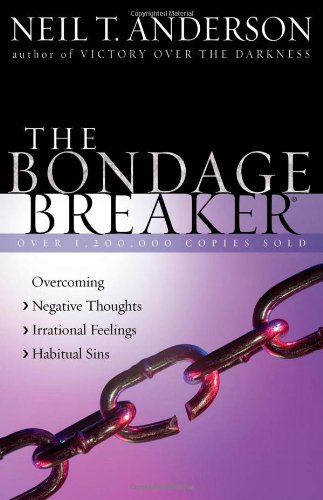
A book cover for The Bondage Breaker: Overcoming *Negative Thoughts *Irrational Feelings *Habitual Sins; Neil T. Anderson; Christian Books & Bibles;